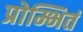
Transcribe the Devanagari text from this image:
प्रोम्भितं